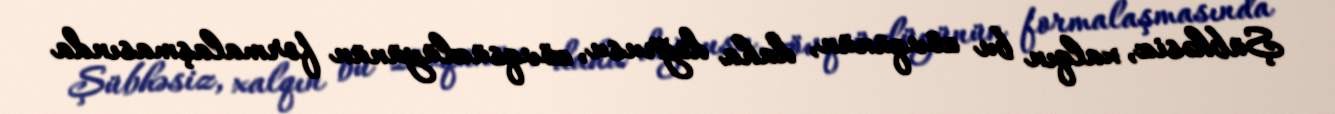
Şübhəsiz, xalqın bu zövqünün, daha doğrusu, zövqsüzlüyünün formalaşmasında